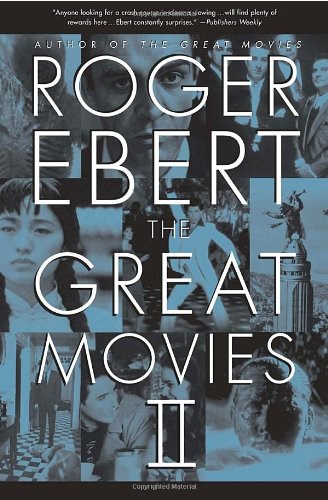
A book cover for The Great Movies II; Roger Ebert; Humor & Entertainment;